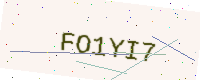
Text: FO1YI7